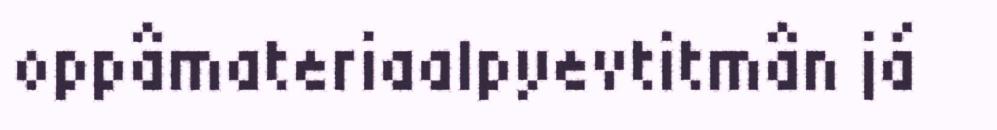
oppâmateriaalpyevtitmân já